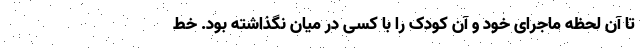
تا آن لحظه ماجرای خود و آن کودک را با کسی در میان نگذاشته بود. خط